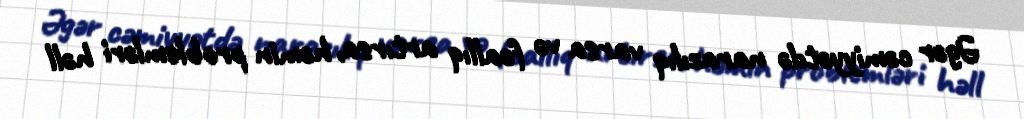
Əgər cəmiyyətdə narazılıq varsa və fəallıq artırsa, həmin problemləri həll